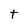
Character: t